Vaccination report Assam 1896-1927 - 1896-1927
Year: 1896
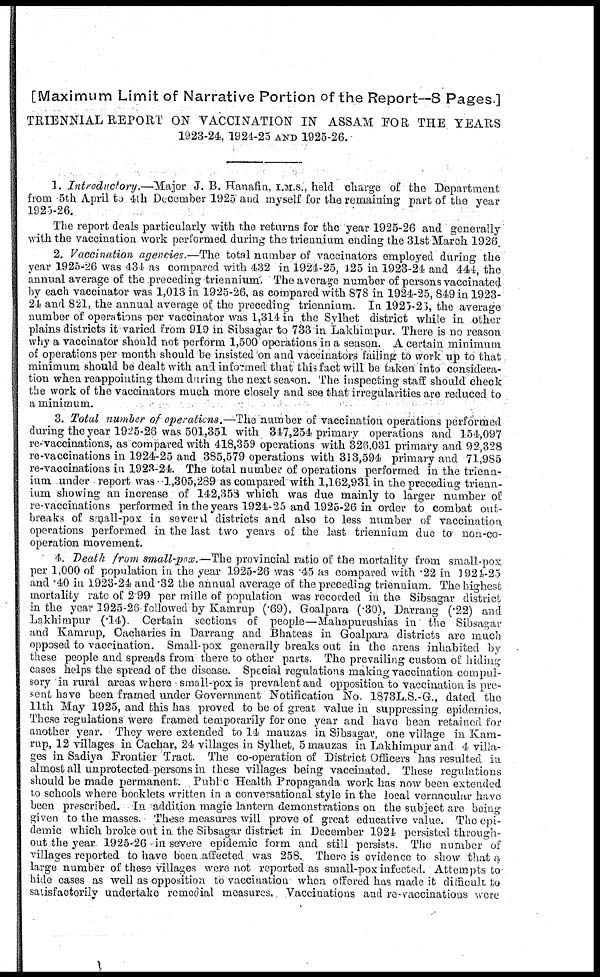
[Maximum Limit of Narrative Portion of the Report—8 Pages.]
TRIENNIAL REPORT ON VACCINATION IN ASSAM FOR THE YEARS
1923-24. 1924-25 AND 1925-26.
1. Introductory.—Major J. B. Hanafin, I.M.S., held charge of the Department
from 5th April to 4th December 1925 and myself for the remaining part of the year
1925-26.
The report deals particularly with the returns for the year 1925-26 and generally
with the vaccination work performed during the triennium ending the 31st March 1926.
2. Vaccination agencies.—The total number of vaccinators employed during the
year 1925-26 was 434 as compared with 432 in 1924-25, 425 in 1923-24 and 444, the,
annual average of the preceding triennium. The average number of persons vaccinated
by each vaccinator was 1,013 in 1925-26, as compared with 878 in 1924-25, 849 in 1923-
24 and 821, the annual average of the preceding triennium. In 1925-23, the average
number of operations per vaccinator was 1,314 in the Sylhet district while in other
plains districts it varied from 919 in Sibsagar to 733 in Lakhimpur. There is no reason
why a vaccinator should not perform 1,500 operations in a season. A certain minimum
of operations per month should be insisted on and vaccinators failing to work up to that
minimum should be dealt with and informed that this fact will be taken into considera-
tion when reappointing them during the next season. The inspecting staff should check
the work of the vaccinators much more closely and see that irregularities are reduced to
a minimum.
3. Total number of operations.—The number of vaccination operations performed
during the year 1925-26 was 501,351 with 347,254 primary operations and 154,097
re-vaccinations, as compared with 418,359 operations with 326,031 primary and 92,328
re-vaccinations in 1924-25 and 385,579 operations with 313,594 primary and 71,985
re-vaccinations in 1923-24. The total number of operations performed in the trienn-
ium under report was . 1,305,289 as compared with 1,162,931 in the preceding trienn-
ium showing an increase of 142,358 which was due mainly to larger number of
re-vaccinations performed in the years 1924-25 and 1925-26 in order to combat out-
breaks of small-pox in several districts and also to less number of vaccination
operations performed in the last two years of the last triennium due to non-co-
operation movement.
4. Death from small-pox. —The provincial ratio of the mortality from small-pox
per 1,000 of population in the year 1925-26 was .45 as compared with .22 in 1924-25
and .40 in 1923-24 and .32 the annual average of the preceding triennium. The highest
mortality rate of 2 99 per mille of population was recorded in the Sibsagar district
in the year 1925-26 followed by Kamrup (.69), Goalpara (.30), Darrang (.22) and
Lakhimpur (.14). Certain sections of people—Mahapurushias in the Sibsagar
and Kamrup, Cacharies in Darrang and Bhateas in Goalpara districts are much
opposed to vaccination. Small-pox generally breaks out in the areas inhabited by
these people and spreads from there to other parts. The prevailing custom of hiding
cases helps the spread of the disease. Special regulations making vaccination compul-
sory in rural areas where small-pox is prevalent and opposition to vaccination is pre-
sent have been framed under Government Notification No. 1873L.S.-G., dated the
11th May 1925, and this has proved to be of great value in suppressing epidemics.
These regulations were framed temporarily for one year and have been retained for
another year. They were extended to 14 mauzas in Sibsagar, one village in Kam-
rup, 12 villages in Cachar, 24 villages in Sylhet, 5 mauzas in Lakhimpur and 4 villa-
ges in Sadiya Frontier Tract. The co-operation of District Officers has resulted in
almost all unprotected persons in these villages being vaccinated. These regulations
should be made permanent. Public Health Propaganda work has now been extended
to schools where booklets written in a conversational style in the local vernacular have
been prescribed. In addition magic lantern demonstrations on the subject are being-
given to the masses. These measures will prove of great educative value. The epi-
demic which broke out in the Sibsagar district in December 1924 persisted through-
out the year 1925-26 in severe epidemic form and still persists. The number of
villages reported to have been affected was 258. There is evidence to show that a
large number of these villages were not reported as small-pox infected. Attempts to
hide cases as well as opposition to vaccination when offered has made it difficult to
satisfactorily undertake remedial measures. Vaccinations and re-vaccinations were